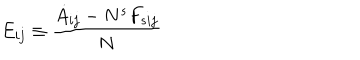
LaTeX: E _ { i j } \equiv \frac { \dot { A } _ { i j } - N ^ { s } F _ { s i j } } { N }